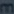
mm